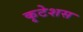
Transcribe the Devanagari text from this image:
कृटेशस